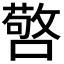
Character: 𭋆